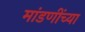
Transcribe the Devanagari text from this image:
मांडणींच्या